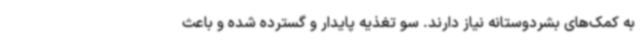
به کمک‌های بشردوستانه نیاز دارند. سو تغذیه پایدار و گسترده شده و باعث